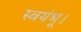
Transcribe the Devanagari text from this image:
स्वयंभू।